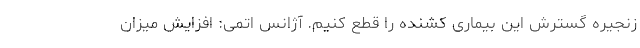
زنجیره گسترش این بیماری کشنده را قطع کنیم. آژانس اتمی: افزایش میزان